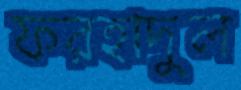
ফরহাদুল